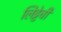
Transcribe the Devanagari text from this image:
लिट्टेची